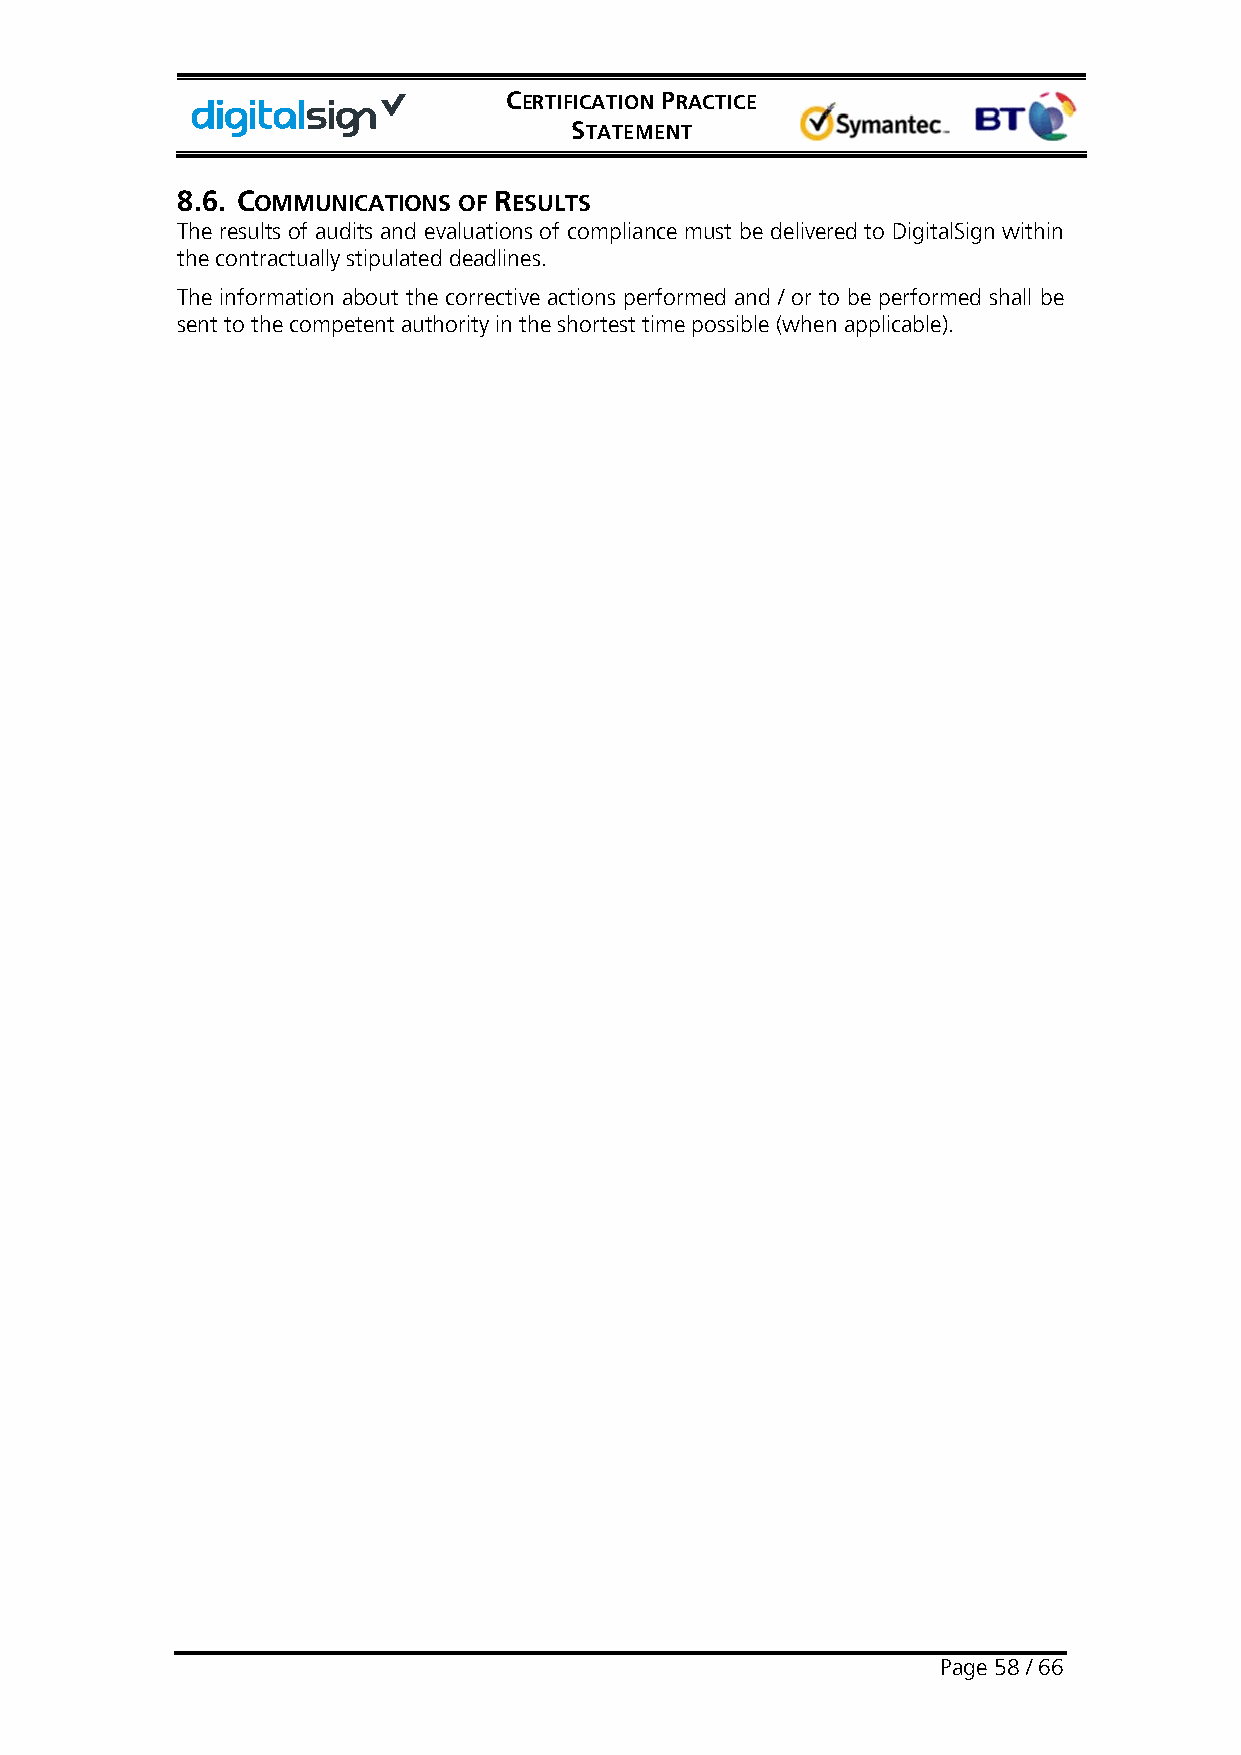
CERTIFICATION PRACTICE
 STATEMENT
 8.6. COMMUNICATIONS OF RESULTS
 The results of audits and evaluations of compliance must be delivered to DigitalSign within
 the contractually stipulated deadlines.
 The information about the corrective actions performed and / or to be performed shall be
 sent to the competent authority in the shortest time possible (when applicable).
 Page 58 / 66